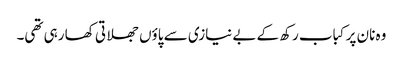
وہ نان پر کباب رکھ کے بے نیازی سے پاؤں جھلاتی کھا رہی تھی۔